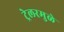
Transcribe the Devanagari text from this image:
ट्रेलरमुळे